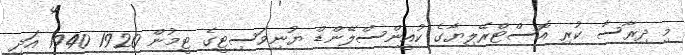
މި ދިރާސާ ކުރި އޮސްޓްރޭލިޔާގެ ކުއީންސްލޭންޑް ޔުނިވަސިޓީގެ ޓީމުން 1920 1940 އަދި